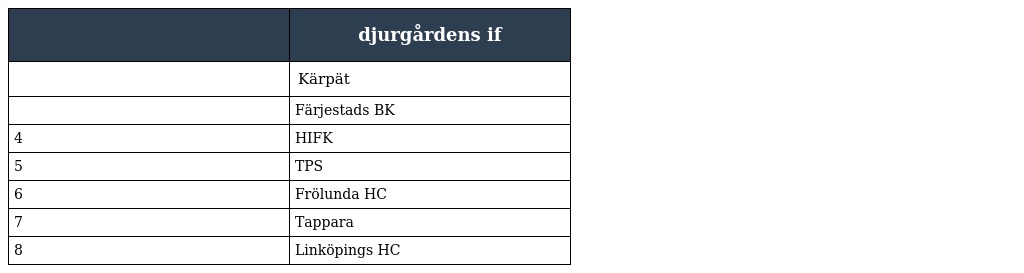
|  | djurgårdens if |
 | --- | --- |
 |  | Kärpät |
 |  | Färjestads BK |
 | 4 | HIFK |
 | 5 | TPS |
 | 6 | Frölunda HC |
 | 7 | Tappara |
 | 8 | Linköpings HC |